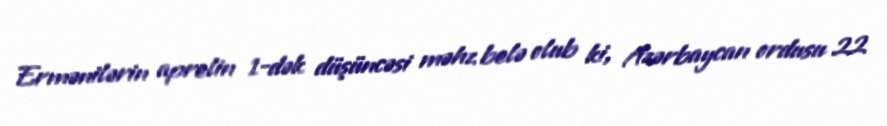
Ermənilərin aprelin 1-dək düşüncəsi məhz belə olub ki, Azərbaycan ordusu 22